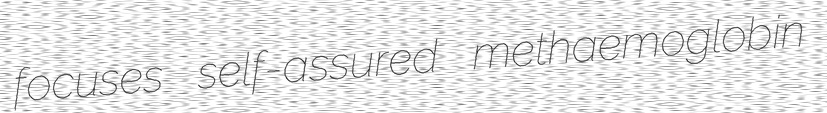
focuses self-assured methaemoglobin